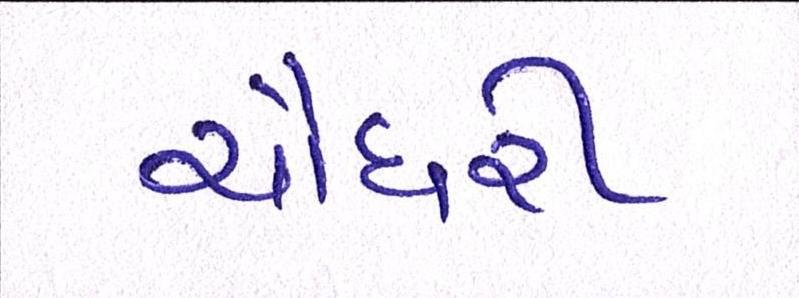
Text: ચૌધરી